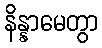
နိန္နာမေတွာ